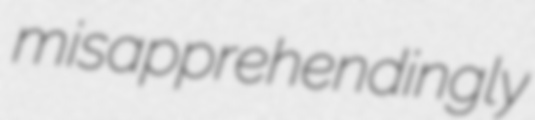
misapprehendingly